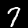
Label: 7